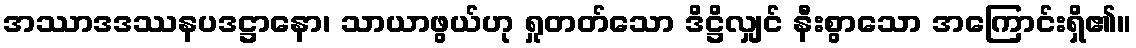
အဿာဒဒဿနပဒဋ္ဌာနော၊ သာယာဖွယ်ဟု ရှုတတ်သော ဒိဋ္ဌိလျှင် နီးစွာသော အကြောင်းရှိ၏။